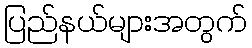
ပြည်နယ်များအတွက်